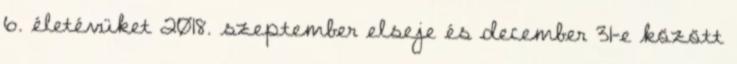
6. életévüket 2018. szeptember elseje és december 31-e között